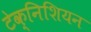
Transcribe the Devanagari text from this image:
टेक्निशियन